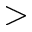
>